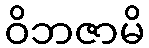
ဝိဘဇာမိ